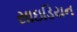
સાઇડિયન